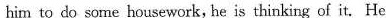
him to do some housework, he is thinking of it. He